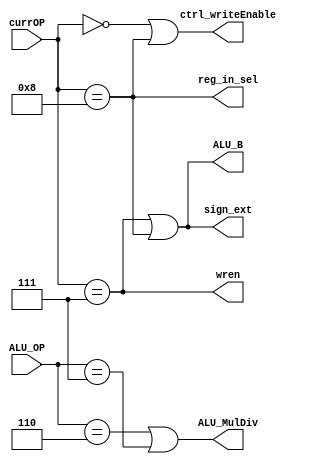
module opdecode(wren, ctrl_writeEnable, ALU_B, reg_in_sel, ALU_MulDiv, sign_ext, currOP, ALU_OP);

    input [4:0] currOP, ALU_OP;
    output wren, ctrl_writeEnable, ALU_B, reg_in_sel, ALU_MulDiv, sign_ext;

    wire aluop, lw, sw, mul, div;

    assign aluop = (currOP == 5'b00000);
    assign lw = (currOP == 5'b01000);
    assign sw = (currOP == 5'b00111);
    assign mul = (ALU_OP == 5'b00110);
    assign div = (ALU_OP == 5'b00111);

    assign ctrl_writeEnable = (aluop | lw);
    assign wren = sw;
    assign sign_ext = (sw | lw);
    assign ALU_B = (sw | lw);
    assign reg_in_sel = lw;
    assign ALU_MulDiv = (mul | div);


endmodule